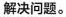
解决问题。